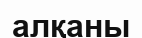
алқаны